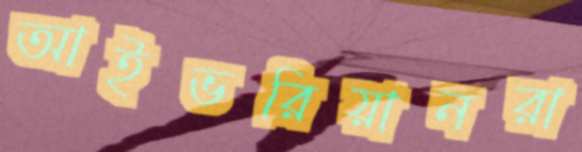
আইভরিয়ানরা